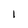
Character: I